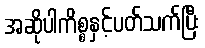
အဆိုပါကိစ္စနှင့်ပတ်သက်ပြီး